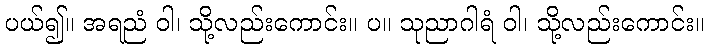
ပယ်၍။ အရညံ ဝါ၊ သို့လည်းကောင်း။ ပ။ သုညာဂါရံ ဝါ၊ သို့လည်းကောင်း။